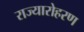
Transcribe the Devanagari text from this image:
राज्यारोहरण